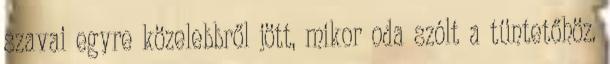
szavai egyre közelebbről jött, mikor oda szólt a tüntetőhöz.